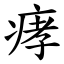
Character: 痚